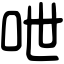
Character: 呭